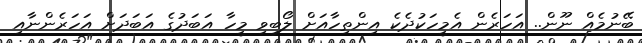
ބޭނުމެއް ނޫން.. އަހަރެން އެމީހަކުދެކެ އިންތިހާއަށް ލޯބިވި މީހާ އަބަދުގެ އަބަދަށް އަހަރެންނާއި